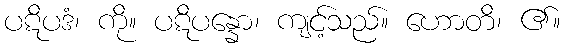
ပဋိပဒံ၊ ကို။ ပဋိပန္နော၊ ကျင့်သည်။ ဟောတိ၊ ၏။